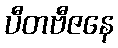
ပီတဗီဇနေ